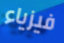
فيزياء